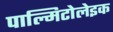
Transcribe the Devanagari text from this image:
पाल्मिटोलेइक